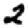
Digit: 2